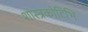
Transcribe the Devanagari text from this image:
शास्त्रकोटिभिः